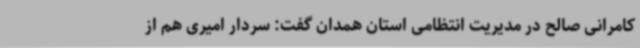
کامرانی صالح در مدیریت انتظامی استان همدان گفت: سردار امیری هم از